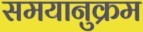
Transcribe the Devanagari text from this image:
समयानुक्रम